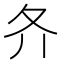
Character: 𡕓